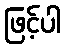
ဖြင့်ပါ